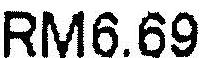
RM6.69